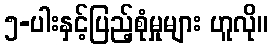
၅-ပါးနှင့်ပြည့်စုံမှုများ ဟူလို။